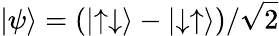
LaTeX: |\psi\rangle=(|{\uparrow}{\downarrow}\rangle-|{\downarrow}{\uparrow}\rangle)/\sqrt{2}